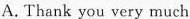
A. Thank you very much